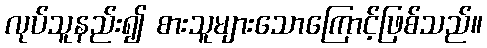
လုပ်သူနည်း၍ စားသူများသောကြောင့်ဖြစ်သည်။